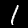
Label: 1